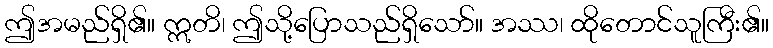
ဤအမည်ရှိ၏။ ဣတိ၊ ဤသို့ပြောသည်ရှိသော်။ အဿ၊ ထိုတောင်သူကြီး၏။